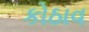
કોઠાવ